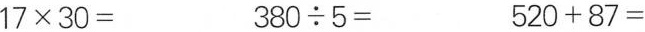
$$1 7 \times 3 0 =$$ $$3 8 0 \div 5 =$$ $$5 2 0 + 8 7 =$$